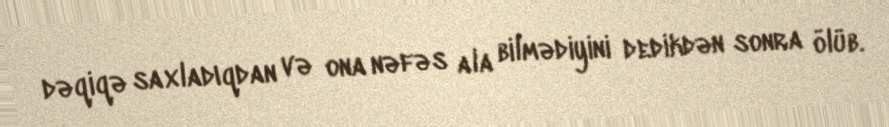
dəqiqə saxladıqdan və ona nəfəs ala bilmədiyini dedikdən sonra ölüb.